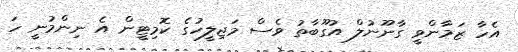
އެހާ ޒަމާންވީ ގާނޫނުލް އުގޫބާތު ވެސް މަޖިލީހުގެ ކޮމިޓީން އެ ނިންމުނީ ހަ